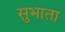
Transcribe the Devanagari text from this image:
सुभाता